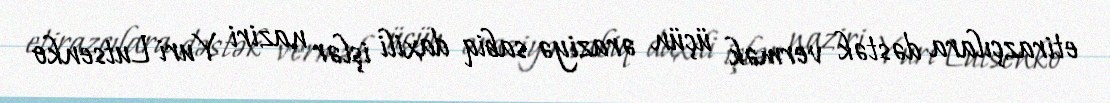
etirazçılara dəstək vermək üçün əraziyə sabiq daxili işlər naziri Yuri Lutsenko